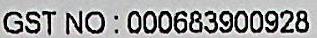
GST NO : 000683900928